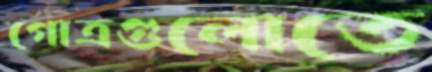
গোত্রগুলোতে